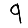
Digit: 9